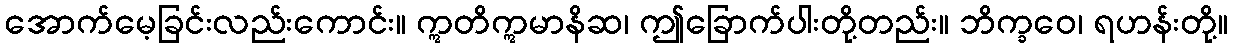
အောက်မေ့ခြင်းလည်းကောင်း။ ဣတိဣမာနိဆ၊ ဤခြောက်ပါးတို့တည်း။ ဘိက္ခဝေ၊ ရဟန်းတို့။